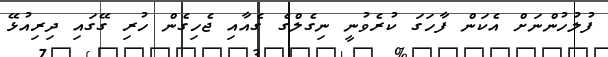
ފުލުހުންނަށް އެކަން ފާހަގަ ކުރެވުނީ ނިގެލްގެ ގެއާއި ޖެހިގެން ހުރި ގޭގައި ދިރިއުޅޭ